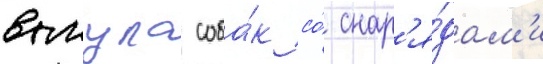
выгула соба́к со́ снар'я́дам'и